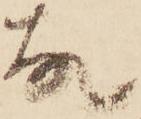
故